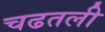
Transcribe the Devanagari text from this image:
चढतली